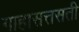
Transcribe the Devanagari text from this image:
गाहासत्तसती